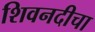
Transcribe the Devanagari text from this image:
शिवनदीचा